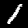
Label: 1